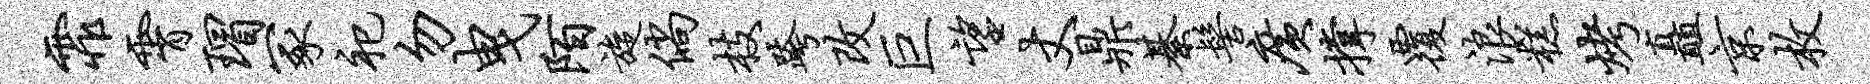
霏霄瑁冢祀勿曳陌旋倘枝跨改巨望丈鼎綦髻广撑覆浪糕烤矗京枚